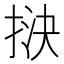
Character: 𢭯